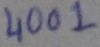
Text: 4001